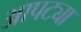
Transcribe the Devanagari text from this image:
आपट्या